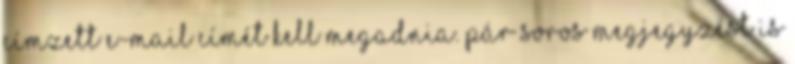
címzett e-mail címét kell megadnia. Pár soros megjegyzést is